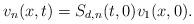
LaTeX: \begin{align*} v_n(x,t)&=S_{d,n}(t,0)v_1(x,0).\end{align*}